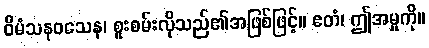
ဝီမံသနဝသေန၊ စူးစမ်းလိုသည်၏အဖြစ်ဖြင့်။ ဧတံ၊ ဤအမှုကို။